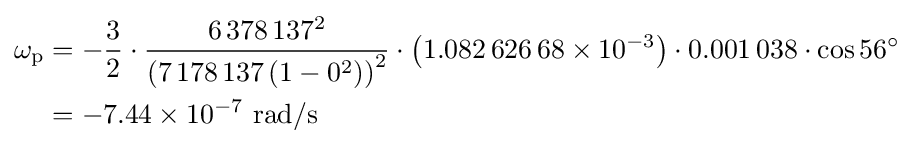
{\begin{aligned}\omega _{\mathrm {p} }&=-{\frac {3}{2}}\cdot {\frac {6\,378\,137^{2}}{\left(7\,178\,137\left(1-0^{2}\right)\right)^{2}}}\cdot \left(1.082\,626\,68\times 10^{-3}\right)\cdot 0.001\,038\cdot \cos 56^{\circ }\\&=-7.44\times 10^{-7}{\text{ rad/s}}\end{aligned}}